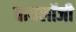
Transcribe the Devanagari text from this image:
बायलॉजी